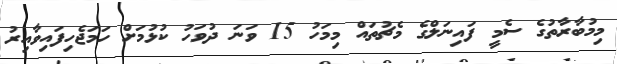
މިމުބާރާތުގެ ސެމީ ފައިނަލްގެ މެޗުތައް މިމަހު 15 ވަނަ ދުވަހު ކުޅުމަށް ހަމަޖެހިފައިވާއިރު